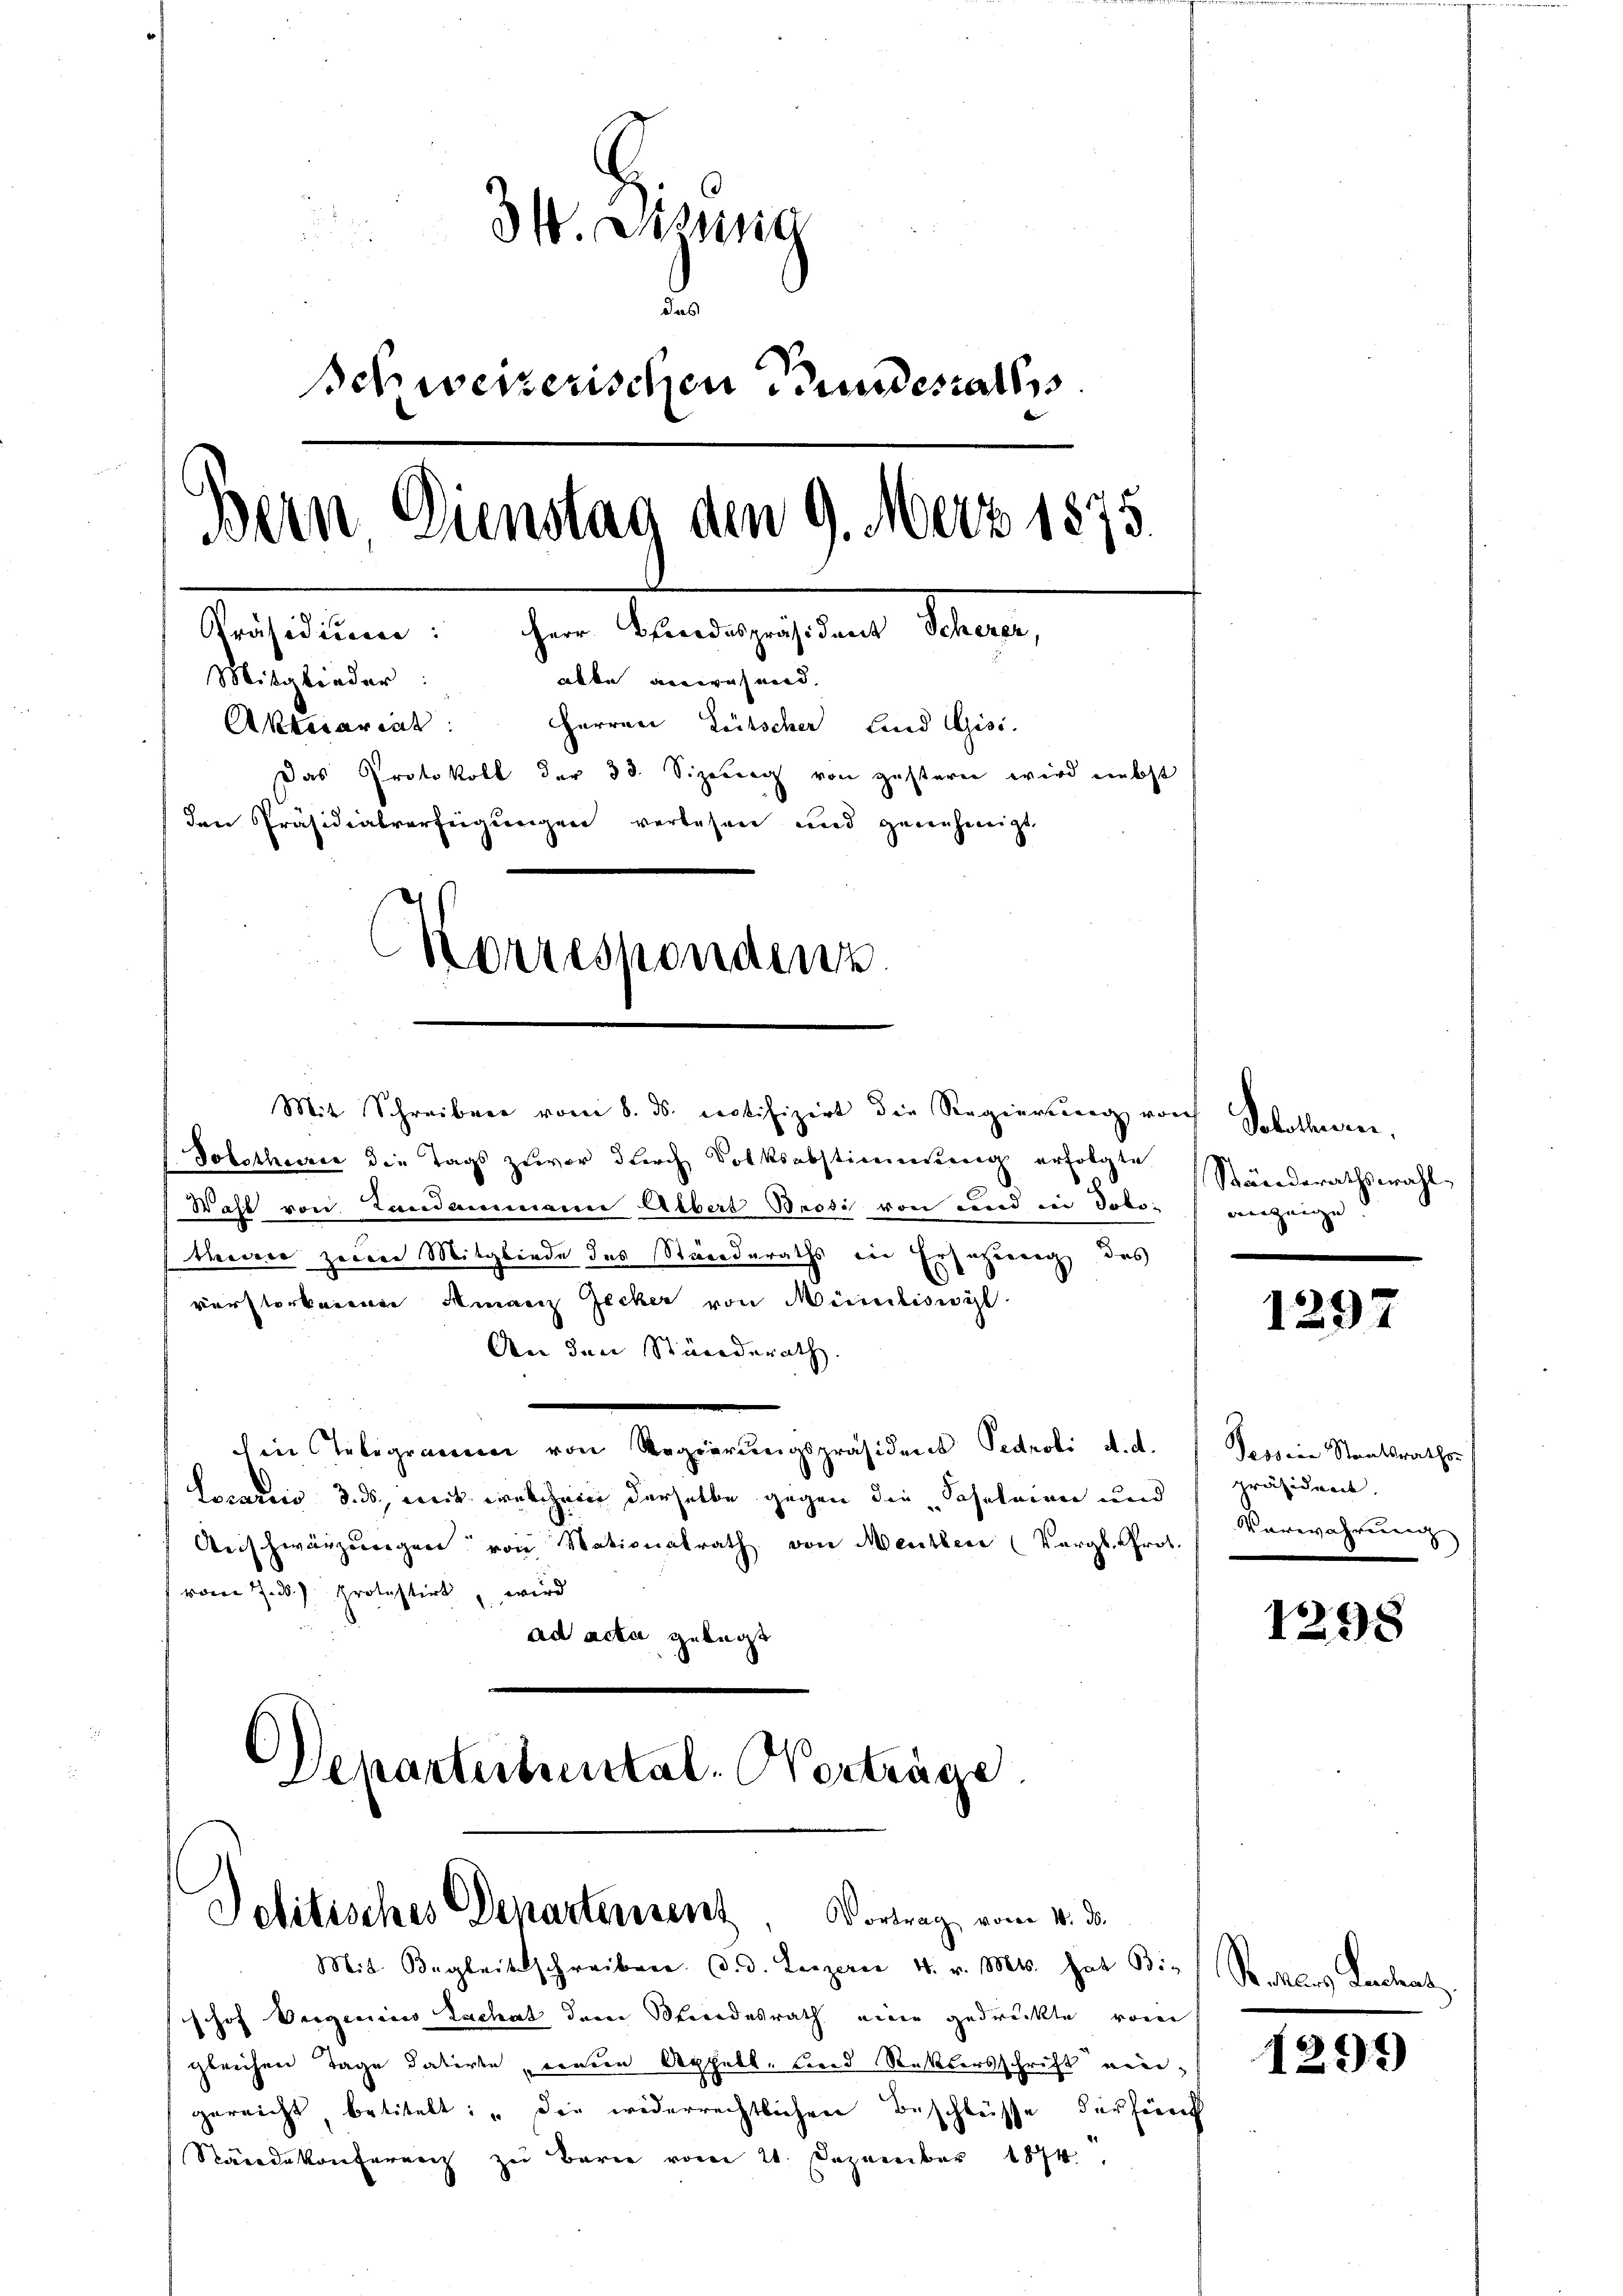
31. Desinnig
Schweizerischen Bunderaths
Bern Dienstag den 9. März 1875.
Präsidionen: Herr Bundespräsident Scherer,
Mitglieder:
albe anwesend,
Aktesareat: Herren Lütscher Land Gisi-
Das Protokoll der 33. Sizeung von gestern wird nebst
den Präsidialverfeigungen verlesen und genehmigt.
Korresponden

Mit Schreiben vom 8. ds. protifizirt die Regierterer von
Solothurn die Tags zuvor durch Volksabstimmung erfolgte
Watt von Landammann Albert Besti von und in Solo-
theorier zeige Mitgliede des Standeraths ein Ersatzung des
verstorbenener Finanz Jecker von Mündliswyl
An den Ständerath.
e
hen Telegramm von Regierungspräsident Pedroli d. d.
Locariis 3. ds., weit welchem derselbe gegen die Scheleien und
Anschwärzungen von Nationalrath von Menther (Vergl. Prot.
 vom 7. ds. protestirt, wird
ad acta gelegt
Separtechental. Verträge

Politisches Departensent. Vortrag vom 4. d.
Mit Begleitschreiben d. d. Leszerer 4. v. Mts. hat Bis Sanktes Lachatz

shof Vergericiis Tachat dem Standesrath eine gedrückte, vom
gleichen Tage datirte, wenden Appell, und Rettersschrift einigereicht, betitelt: „Die widerrechtlichen Beschlüsse der Zürich
Rändekonferenz zu Barie vom 21. Dezember 1874.

Solothurn.
Ständerathswahl,
weige
d

1297

Pessine Staatsraths-
präsident.
Varewahrenung

1291)

1298